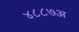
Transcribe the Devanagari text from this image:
४८८७अ